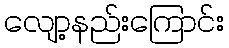
လျော့နည်းကြောင်း